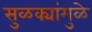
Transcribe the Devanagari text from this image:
सुळक्यांमुळे